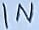
Text: IN